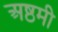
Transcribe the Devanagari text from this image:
अष्ठमी